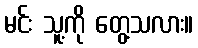
မင်း သူ့ကို တွေ့သလား။